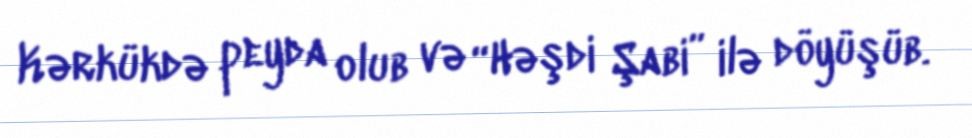
Kərkükdə peyda olub və “Həşdi Şabi” ilə döyüşüb.